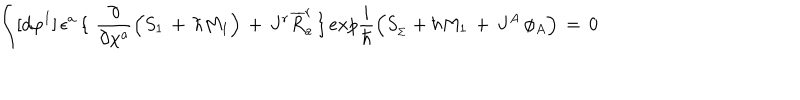
\int [ d \varphi ^ { I } ] \, \epsilon ^ { a } \, \lbrace \, \, { \frac { \partial } { \partial \chi ^ { a } } } \Big ( S _ { 1 } \, + \, \hbar M _ { 1 } \Big ) \, + \, J ^ { r } { \overline { { R } } } _ { a } ^ { r } \, \rbrace \, e x p { \frac { i } { \hbar } } \Big ( S _ { _ \Sigma } + \hbar M _ { 1 } \, + \, J ^ { A } \, \phi _ { A } \Big ) \, = \, 0